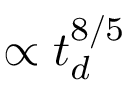
\propto t _ { d } ^ { 8 / 5 }